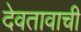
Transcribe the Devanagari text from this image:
देवतावाची